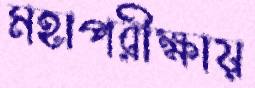
মহাপরীক্ষায়